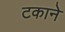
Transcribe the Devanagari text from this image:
टकाने